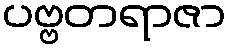
ပဗ္ဗတရာဇာ